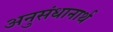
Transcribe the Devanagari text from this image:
अनुसंधानार्थ